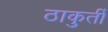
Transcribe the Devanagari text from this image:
ठाकुर्ती